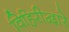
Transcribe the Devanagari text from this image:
विहिरीद्वारे